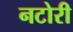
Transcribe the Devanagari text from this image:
नटोरी